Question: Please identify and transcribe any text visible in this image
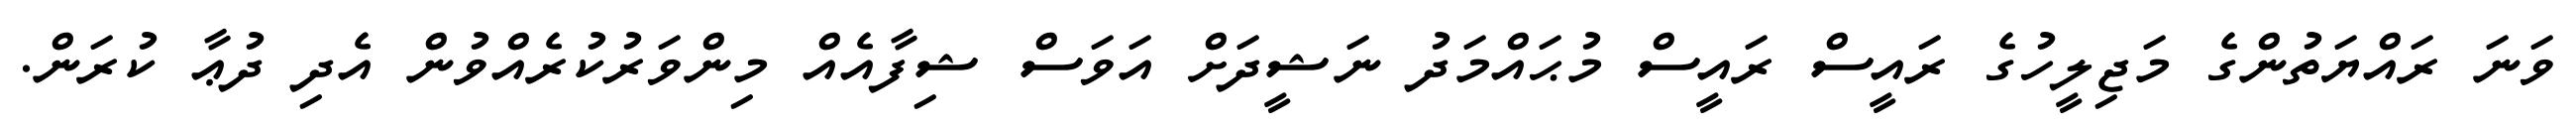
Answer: ވަނަ ރައްޔަތުންގެ މަޖިލީހުގެ ރައީސް ރައީސް މުޙައްމަދު ނަޝީދަށް އަވަސް ޝިފާއެއް މިންވަރުކުރެއްވުން އެދި ދުޢާ ކުރަން.